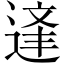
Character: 𨔉